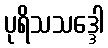
ပုရိသသဒ္ဒေါ